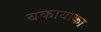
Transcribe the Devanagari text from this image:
बकायाका